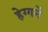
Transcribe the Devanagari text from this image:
हेग्गर्ने